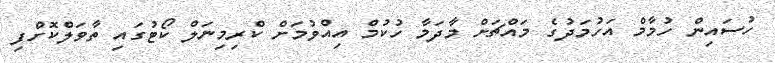
ހުސައިން ހުމާމް އަހުމަދުގެ މައްޗަށް މާދަމާ ހުކުމް އިއްވުމަށް ކްރިމިނަލް ކޯޓުގައި ތާވަލްކޮށްފި